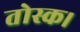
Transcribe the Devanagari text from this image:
तोस्क।